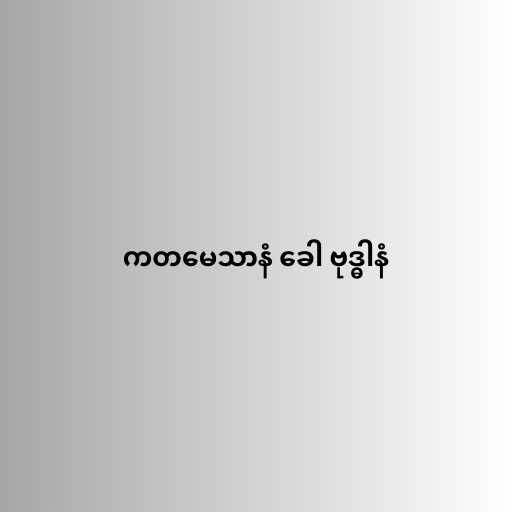
ကတမေသာနံ ခေါ ဗုဒ္ဓါနံ